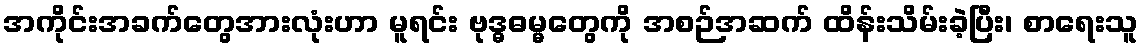
အကိုင်းအခက်တွေအားလုံးဟာ မူရင်း ဗုဒ္ဓဓမ္မတွေကို အစဉ်အဆက် ထိန်းသိမ်းခဲ့ပြီး၊ စာရေးသူ